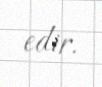
edir.